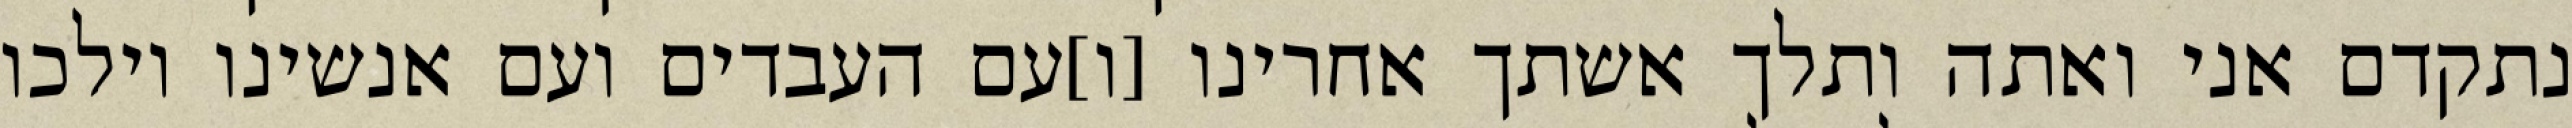
נתקדם אני ואתה ותלך אשתך אחרינו [ו]עם העבדים ועם אנשינו וילכו